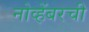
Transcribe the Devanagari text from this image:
नोव्हेंबरची